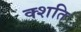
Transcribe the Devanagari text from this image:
क्शति